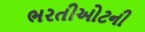
ભરતીઓટની